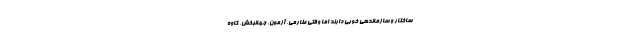
ساختار و سازماندهی خوبی دارند اما وقتی طارمی، آزمون، جهانبخش، کاوه